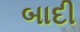
બાદી